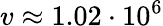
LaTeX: v\approx 1.02\cdot 10^{6}